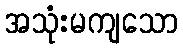
အသုံးမကျသော